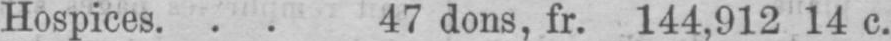
Hospices 47 dons, fr. 144,912 14 c.